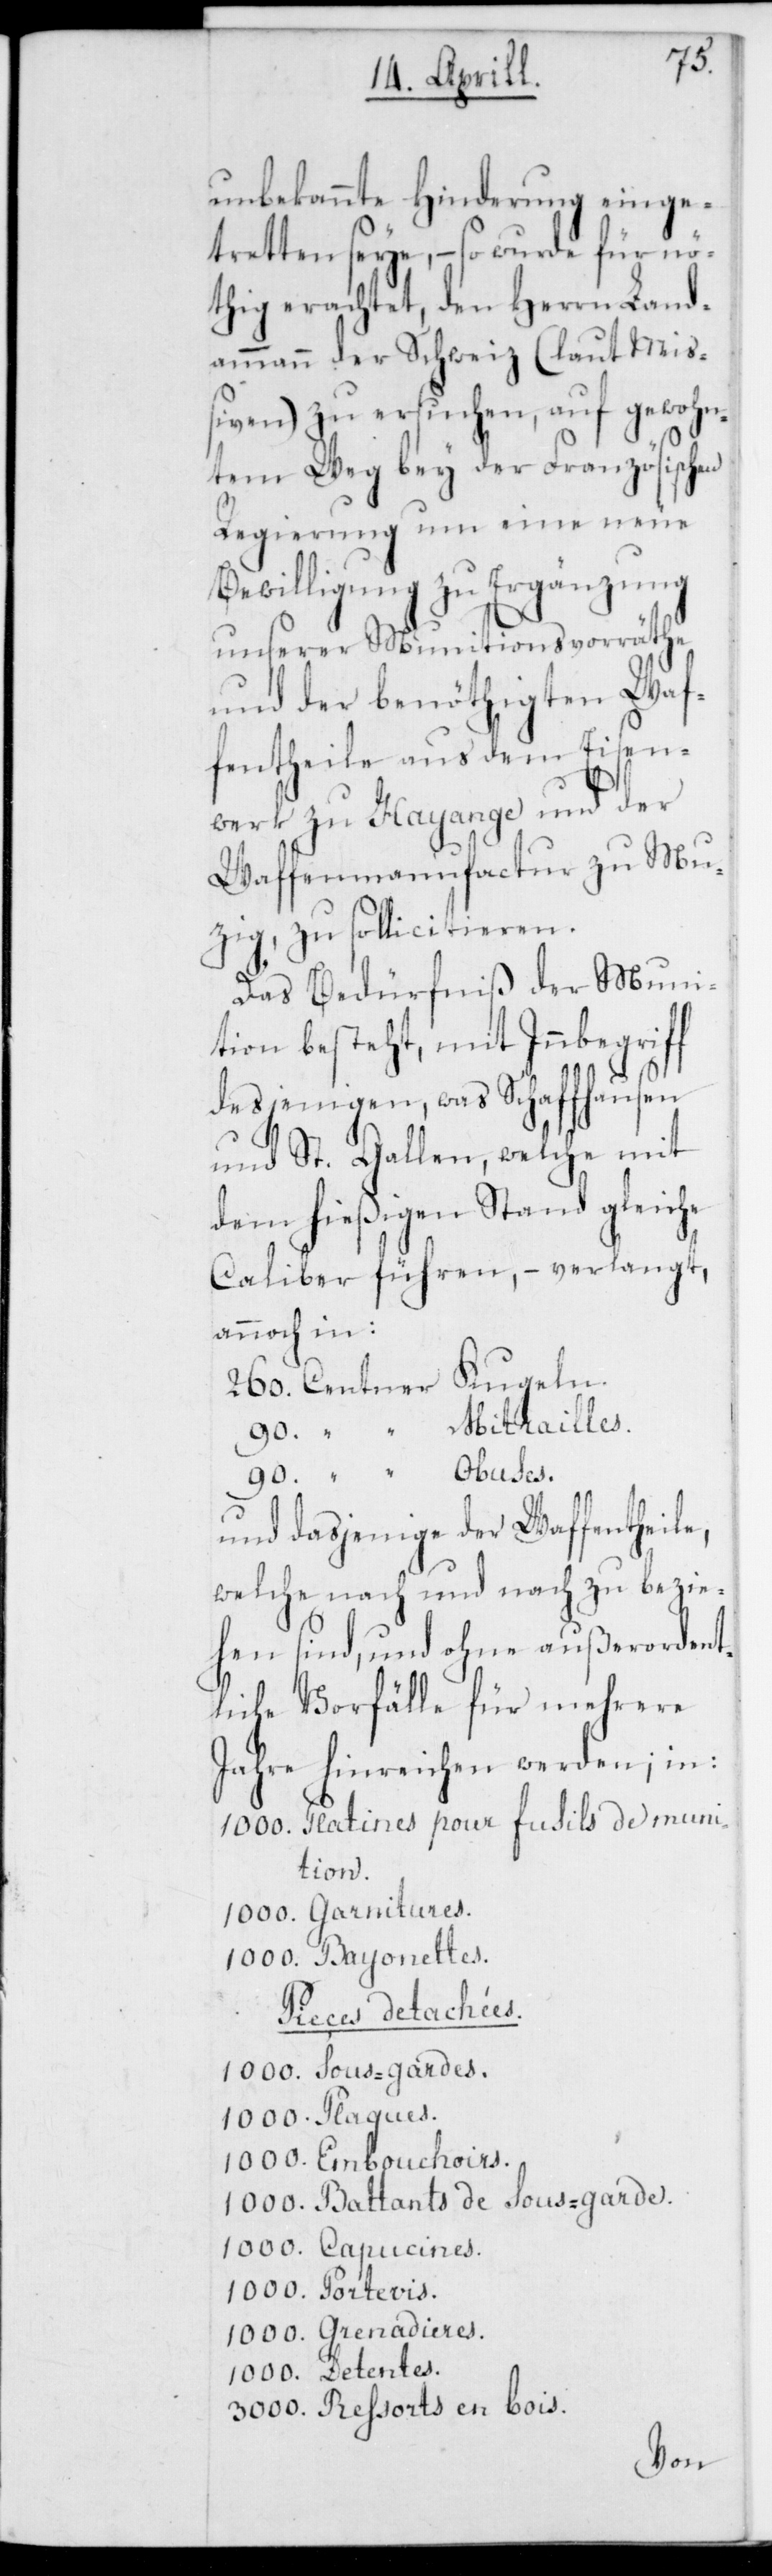
unbekannte Hinderung einge¬
tretten seye, – so wurde für nö¬
thig erachtet, den Herrn Land¬
ammann der Schweiz (laut Miß¬
iven) zu ersuchen, auf gewohn¬
tem Weg bey der Französischen
Regierung um eine neue
Bewilligung zu Ergänzung
unserer Munitionsvorräthe
und der benöthigten Waf¬
fentheile aus dem Eisen¬
werk zu Hayange und der
Waffenmanufactur zu Mu¬
zig, zu sollicitieren.
Das Bedürfniß der Muni¬
tion besteht, mit Innbegriff
desjenigen, was Schaffhausen
und St. Gallen, welche mit
dem hießigen Stand gleiche
Caliber führen, – verlangt,
annoch in:
und dasjenige der Waffentheile,
welche nach und nach zu bezie¬
hen sind, und ohne außerordent¬
liche Vorfälle für mehrere
Jahre hinreichen werden; in:
1000. Platines pour fusils de muni¬
tion.
1000. Garnitures.
1000. Bayonettes.
Pieçes detachées.
1000. Plaques.
1000. Embouchoirs.
Sous-garde.
1000. Battants de
1000. Capucines.
1000. Portevis.
1000. Grenadieres.
1000. Detentes.
3000. Ressorts en bois.